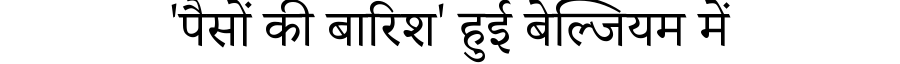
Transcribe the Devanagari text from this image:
'पैसों की बारिश' हुई बेल्जियम में